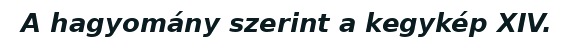
A hagyomány szerint a kegykép XIV.